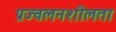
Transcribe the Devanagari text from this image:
प्रज्वलनशीलता